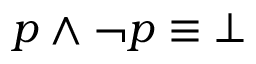
p \wedge \neg p \equiv \bot